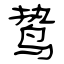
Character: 鸷